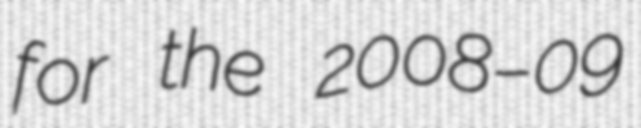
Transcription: for the 2008–09